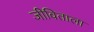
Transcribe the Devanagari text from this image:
जीविताला